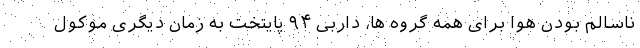
ناسالم بودن هوا برای همه گروه ها، داربی ۹۴ پایتخت به زمان دیگری موکول